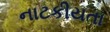
નાટકીયતા